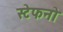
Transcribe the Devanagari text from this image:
स्टेफनो